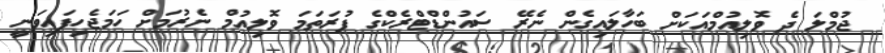
ޖުމްލަ ދެ ވޮލިއުމްއަކަށް ބަހާލައިގެން ނެރޭ ސައުންޑްޓްރެކްގެ ފުރަތަމަ ވޮލިއުމް ނެރުމަށް ހަމަޖެހިފައިވަނީ